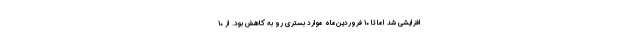
افزایشی شد اما تا ۱۰ فروردین‌ماه موارد بستری رو به کاهش بود. از ۱۰